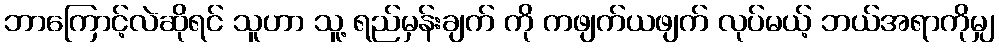
ဘာကြောင့်လဲဆိုရင် သူဟာ သူ့ ရည်မှန်းချက် ကို ကဖျက်ယဖျက် လုပ်မယ့် ဘယ်အရာကိုမျှ